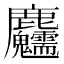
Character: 𪋺